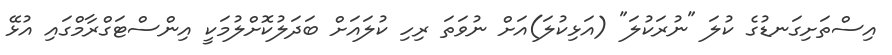
އިސްތަށިގަނޑުގެ ކުލަ "ނުރަކުލަ" (އަޅިކުލަ)އަށް ނުވަތަ ރިހި ކުލައަށް ބަދަލުކޮށްލުމަކީ އިންސްޓަގްރާމްގައި އުޅޭ